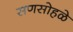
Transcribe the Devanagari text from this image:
सणसोहळे